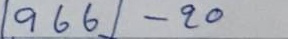
966 - 20